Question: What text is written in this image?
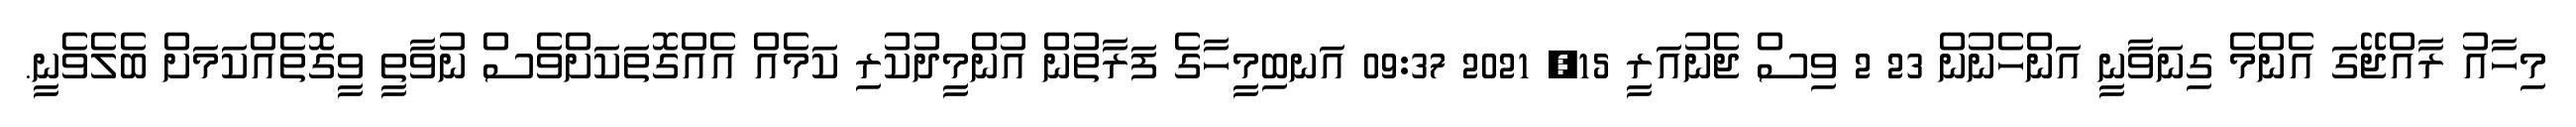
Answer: މިހާއު ރާއްޖޭގަ އެންމެ ގިނަވާނީ އަންހެނުން 23 2 ވިސް ޖެނުއަރީ 15, 2021 09:37 އަނބިމީހާގެ ފަރާތުން އުންމީދުކުރި ކަމެއް އެއްގޮތަކަށްވެސް ނުވާތީ ވީގޮތެއްކަމަށް ބެލެވެނީ.